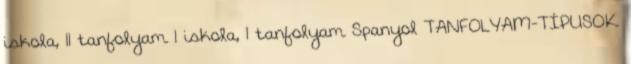
iskola, 11 tanfolyam 1 iskola, 1 tanfolyam Spanyol TANFOLYAM-TÍPUSOK